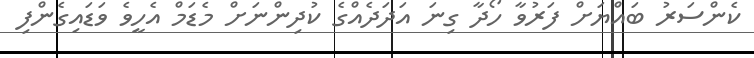
ކެންސަރު ބައްޔަށް ފަރުވާ ހޯދާ ގިނަ އަދަދެއްގެ ކުދިންނަށް މެޑަމް އެހީވެ ވަޑައިގެންފި